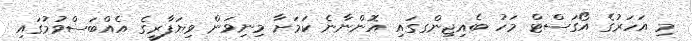
މި އަހަރުގެ އޯގަސްޓް މަހު ބެއިޖިންގގައި އޮންނާނެ ކަމަށާ މިނިވަން ވިޔަފާރީގެ އެއްބަސްވުމުގައި